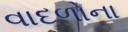
વાદળોના